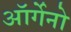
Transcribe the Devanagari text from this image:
ऑर्गेनो